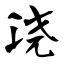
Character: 浇